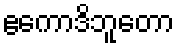
ဧကောဒိဘူတော